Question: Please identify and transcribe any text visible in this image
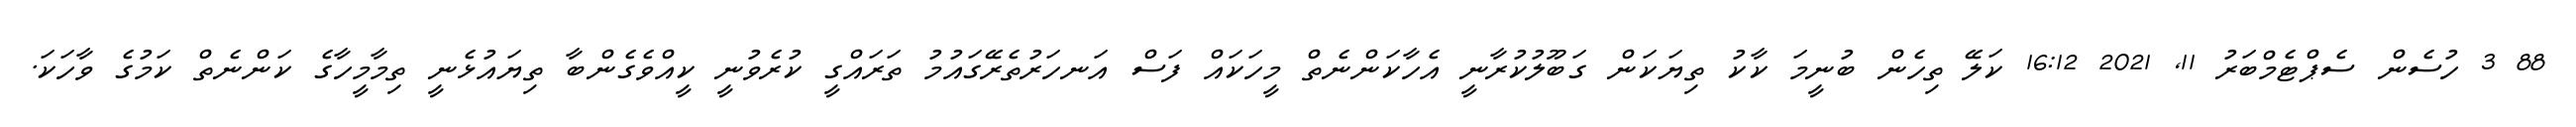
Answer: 88 3 ހުސެން ސެޕްޓެމްބަރު 11, 2021 16:12 ކަލޭ ތިހެން ބުނީމަ ކާކު ތިޔަކަން ގަބޫލުކުރާނީ އެހާކަންނެތް މީހަކައް ފަސް އަނހަރުތެރޭގައުމު ތަރައްގީ ކުރެވުނީ ކީއްވެގެންބާ ތިޔައުޅެނީ ތިމާމީހާގެ ކަންނެތް ކަމުގެ ވާހަކަ.